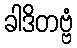
ခါဒိတဗ္ဗံ